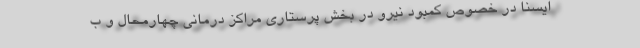
ایسنا در خصوص کمبود نیرو در بخش پرستاری مراکز درمانی چهارمحال و ب